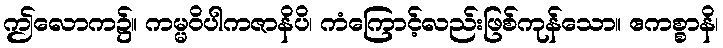
ဤလောက၌။ ကမ္မဝိပါကဇာနိပိ၊ ကံကြောင့်လည်းဖြစ်ကုန်သော။ ဧကစ္စာနိ၊